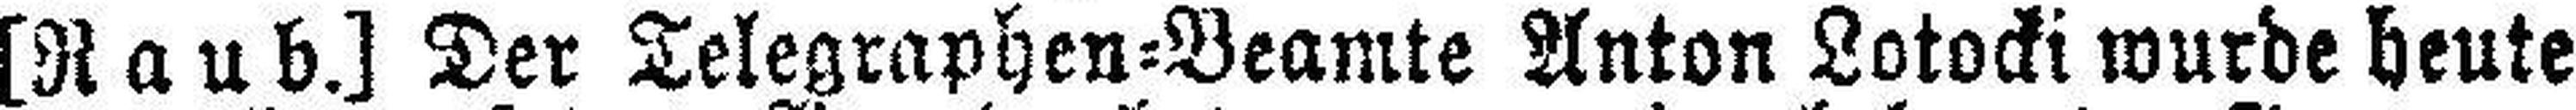
[Raub.] Der Telegraphen=Beamte Anton Lotocki wurde heute